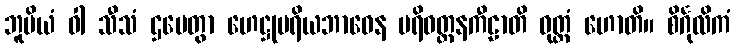
ဘူမိယံ ဝါ သီသံ ဌပေတွာ ဟေဋ္ဌုပရိယဘာဝေန ပရိဝတ္တနကီဠာတိ ဝုတ္တံ ဟောတိ။ စိင်္ဂုလိကံ